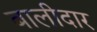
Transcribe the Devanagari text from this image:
बालीदार